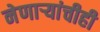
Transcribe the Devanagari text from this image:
नेणाऱ्यांचीही